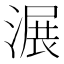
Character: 𣺹